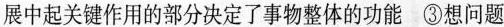
展中起关键作用的部分决定了事物整体的功能③想问题